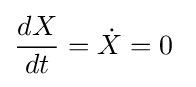
{\frac {dX}{dt}}={\dot {X}}=0~